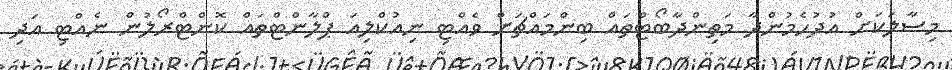
މިސާލަކަށް އުދުހެމުންދާ މަތިންދާބޯޓްތައް ބިންމައްޗަށް ވެއްޓި ނިއުކްލިއަ ޕްލާންޓްތައް ކޮންޓްރޯލުން ނެއްޓި އަދި